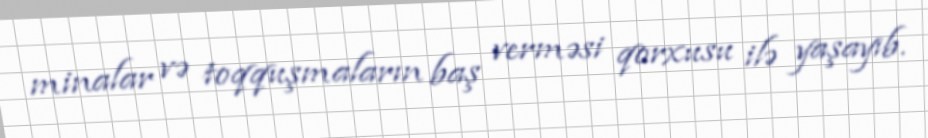
minalar və toqquşmaların baş verməsi qorxusu ilə yaşayıb.